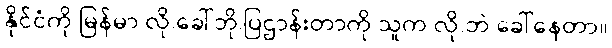
နိုင်ငံကို မြန်မာ လို.ခေါ်ဘို.ပြဌာန်းတာကို သူက လို.ဘဲ ခေါ်နေတာ။